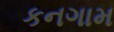
કનગામ